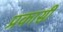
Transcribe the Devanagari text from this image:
प्रकासी